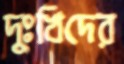
দুঃখিদের